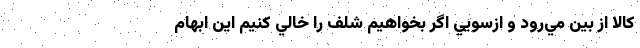
كالا از بين مي‌رود و ازسويي اگر بخواهيم شلف را خالي كنيم اين ابهام